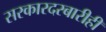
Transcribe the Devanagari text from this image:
सरकारदरबारीही